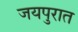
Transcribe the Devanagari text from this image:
जयपुरात